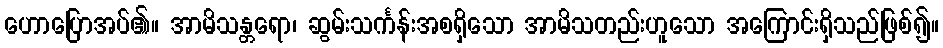
ဟောပြောအပ်၏။ အာမိသန္တရော၊ ဆွမ်းသင်္ကန်းအစရှိသော အာမိသတည်းဟူသော အကြောင်းရှိသည်ဖြစ်၍။